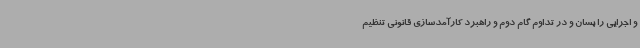
و اجرایی را بسان و در تداوم گام دوم و راهبرد کارآمدسازی قانونی تنظیم